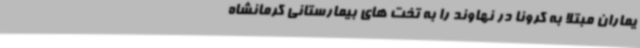
یماران مبتلا به کرونا در نهاوند را به تخت های بیمارستانی کرمانشاه